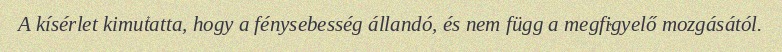
A kísérlet kimutatta, hogy a fénysebesség állandó, és nem függ a megfigyelő mozgásától.